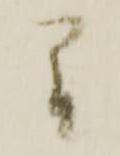
間